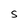
Character: S